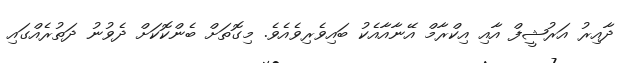
ދާއިރު އަރުޝީފް އާއި އިކްރާމް އޭނާއާއެކު ބައިވެރިވެއެވެ. މިގޮތަށް ބެންކޮކަށް ދެވުނު ދަތުރެއްގައި